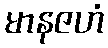
မာနဇဟံ